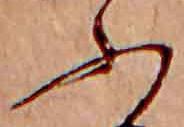
ふ